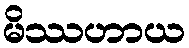
မိဿဟာယ